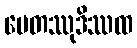
ပေတဿုဒိဿထ